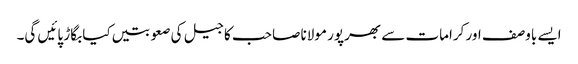
ایسے باوصف اور کرامات سے بھرپور مولانا صاحب کا جیل کی صعوبتیں کیا بگاڑ پائیں گی۔